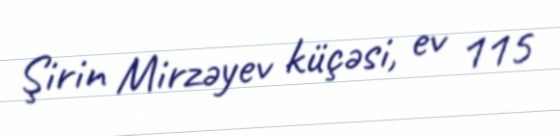
Şirin Mirzəyev küçəsi, ev 115